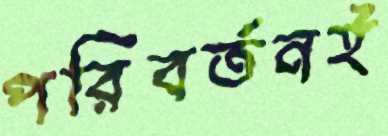
পরিবর্তনই